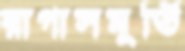
রাগাসমূর্তি